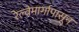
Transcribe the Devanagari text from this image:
रेल्वेमार्गापासून